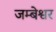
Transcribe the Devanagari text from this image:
जम्बेश्वर